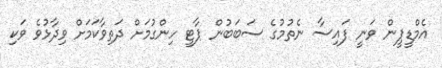
އެމްޑީޕީން ވަނީ ފައިސާ ނެތުމުގެ ސަބަބުން ޕާޓީ ހިންގުމަށް ދަތިވާކަމަށް ވިދާޅުވެ ވަކި